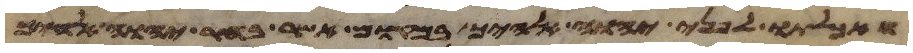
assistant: ואכלתו לפני יהוה אלהיך במקום אשר בחר יהוה אלהיך